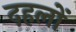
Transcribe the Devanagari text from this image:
दहलों